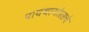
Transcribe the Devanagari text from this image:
पायथागोरसचे